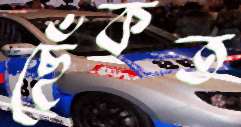
ছেঁকত